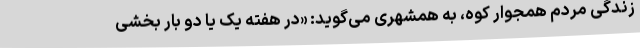
زندگی مردم همجوار کوه، به همشهری می‌گوید: «در هفته یک یا دو بار بخشی